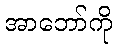
အာဘော်ကို